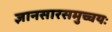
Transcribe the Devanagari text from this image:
ज्ञानसारसमुच्चयः